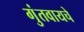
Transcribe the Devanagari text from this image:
गुंतवायचे